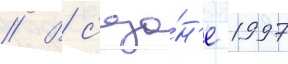
// В с'езо́н'е 1997